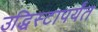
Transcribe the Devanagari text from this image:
उद्धिस्टापर्यंत